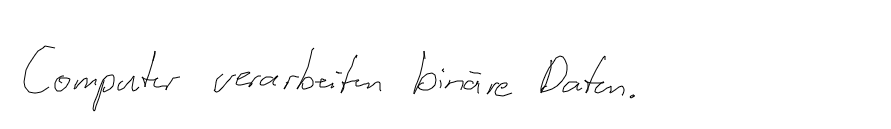
Computer verarbeiten binäre Daten.